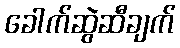
ခေါက်ဆွဲဆီချက်